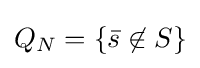
Q_{N}=\{{\bar {s}}\not \in S\}